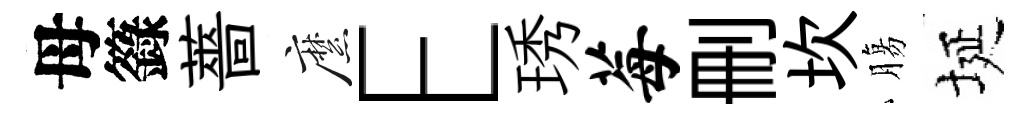
母籙薔縻E琇莓删坎膓埏